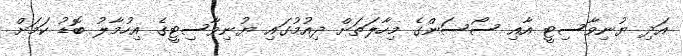
އަދި ޔުނިވާސިޓީ އާއި ސޯސަންގެ މިހާލަތަށް ދިއުމުގައި ޔުނިވާސިޓީގެ އިހުމާލު ބޮޑު ކަމަށް